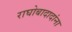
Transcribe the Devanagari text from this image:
राघोबादादांना